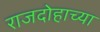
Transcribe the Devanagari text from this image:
राजदोहाच्या